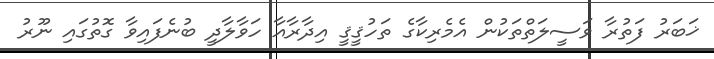
ޚަބަރު ފަތުރާ ވަސީލަތްތަކުން އެމެރިކާގެ ތަހުޤީޤީ އިދާރާއާ ހަވާލާދީ ބުނެފައިވާ ގޮތުގައި ނޫރު